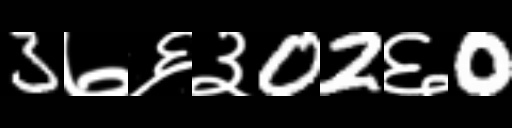
Text: 3७६३02६0